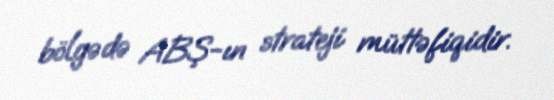
bölgədə ABŞ-ın strateji müttəfiqidir.